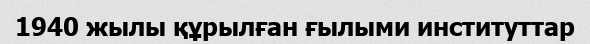
1940 жылы құрылған ғылыми институттар